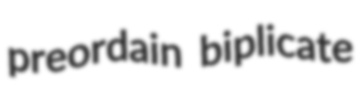
preordain biplicate